Scientific memoirs by medical officers of the Army of India - Part VIII,
Year: 1894
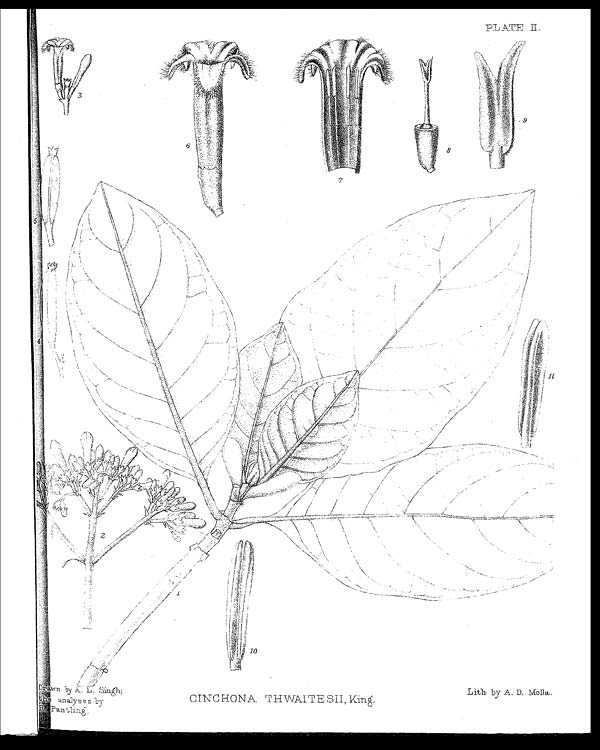
PLATE
II.
Dr a wn b y A. L . S i n g h ; t h e
analyses by
<illegible> Pantling.
CINCHONA THWAITESII, King.
Lith. by A. D. Molla.